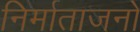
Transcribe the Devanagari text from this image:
निर्माताजनों